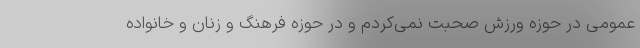
عمومی در حوزه ورزش صحبت نمی‌کردم و در حوزه فرهنگ و زنان و خانواده